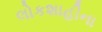
લોકશાહીના